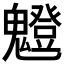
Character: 𩴝